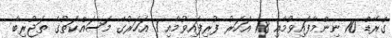
ގްރޭޑް 10 ނިންމާފައިވުމާއި 18 އަހަރު ފުރިފައިވުމާއި 1 އަހަރުގެ މަސައްކަތުގެ ތަޖުރިބާ